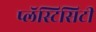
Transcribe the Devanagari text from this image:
प्लॅस्टिसिटी